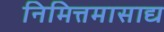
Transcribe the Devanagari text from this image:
निमित्तमासाद्य